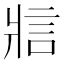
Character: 𪺞